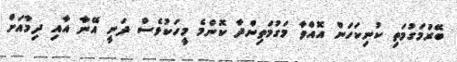
ބޭރުމަގުމަތި ކުނިކަހަން އޮއްވާ މަގުމަތިންދާ ކޮންމެ މީހަކުވެސް ދަނީ އޭނާ އާއި ދިމާއަށް